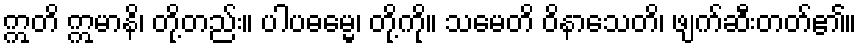
ဣတိ ဣမာနိ၊ တို့တည်း။ ပါပဓမ္မေ၊ တို့ကို။ သမေတိ ဝိနာသေတိ၊ ဖျက်ဆီးတတ်၏။